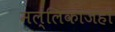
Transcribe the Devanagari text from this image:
मल्लिकाजहाँ